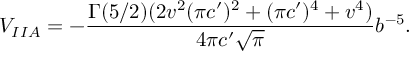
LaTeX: V _ { I I A } = - \frac { \Gamma ( 5 / 2 ) ( 2 v ^ { 2 } ( \pi c ^ { \prime } ) ^ { 2 } + ( \pi c ^ { \prime } ) ^ { 4 } + v ^ { 4 } ) } { 4 \pi c ^ { \prime } \sqrt { \pi } } b ^ { - 5 } .